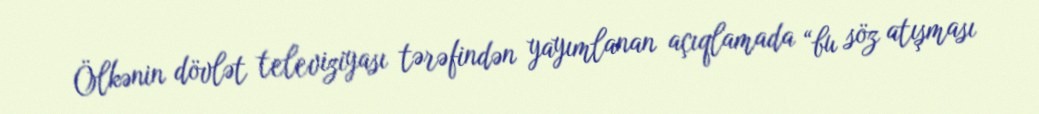
Ölkənin dövlət televiziyası tərəfindən yayımlanan açıqlamada “bu söz atışması